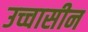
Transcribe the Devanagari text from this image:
उच्चासीन